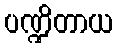
ပဏ္ဍိတာယ